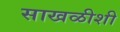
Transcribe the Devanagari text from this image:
साखळीशी